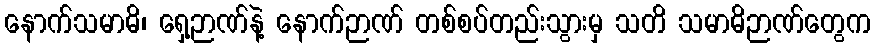
နောက်သမာဓိ၊ ရှေ့ဉာဏ်နဲ့ နောက်ဉာဏ် တစ်စပ်တည်းသွားမှ သတိ သမာဓိဉာဏ်တွေက